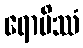
ရောပိဿံ